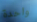
واحدة